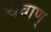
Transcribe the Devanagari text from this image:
चवाण्